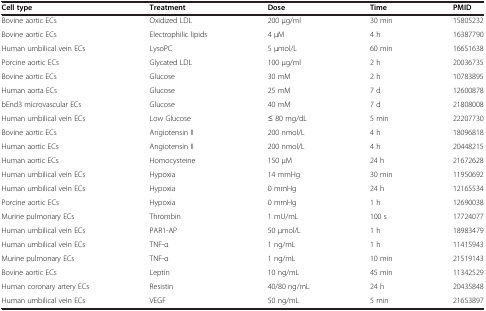
<table><thead><tr><td><b>Cell type</b></td><td><b>Treatment</b></td><td><b>Dose</b></td><td><b>Time</b></td><td><b>PMID</b></td></tr></thead><tbody><tr><td>Bovine aortic ECs</td><td>Oxidized LDL</td><td>200 μg/ml</td><td>30 min</td><td>15805232</td></tr><tr><td>Bovine aortic ECs</td><td>Electrophilic lipids</td><td>4 μM</td><td>4 h</td><td>16387790</td></tr><tr><td>Human umbilical vein ECs</td><td>LysoPC</td><td>5 μmol/L</td><td>60 min</td><td>16651638</td></tr><tr><td>Porcine aortic ECs</td><td>Glycated LDL</td><td>100 μg/ml</td><td>2 h</td><td>20036735</td></tr><tr><td>Bovine aortic ECs</td><td>Glucose</td><td>30 mM</td><td>2 h</td><td>10783895</td></tr><tr><td>Human aorta ECs</td><td>Glucose</td><td>25 mM</td><td>7 d</td><td>12600878</td></tr><tr><td>bEnd3 microvascular ECs</td><td>Glucose</td><td>40 mM</td><td>7 d</td><td>21808008</td></tr><tr><td>Human umbilical vein ECs</td><td>Low Glucose</td><td>≤ 80 mg/dL</td><td>5 min</td><td>22207730</td></tr><tr><td>Bovine aortic ECs</td><td>Angiotensin II</td><td>200 nmol/L</td><td>4 h</td><td>18096818</td></tr><tr><td>Human aortic ECs</td><td>Angiotensin II</td><td>200 nmol/L</td><td>4 h</td><td>20448215</td></tr><tr><td>Human aortic ECs</td><td>Homocysteine</td><td>150 μM</td><td>24 h</td><td>21672628</td></tr><tr><td>Human umbilical vein ECs</td><td>Hypoxia</td><td>14 mmHg</td><td>30 min</td><td>11950692</td></tr><tr><td>Human umbilical vein ECs</td><td>Hypoxia</td><td>0 mmHg</td><td>24 h</td><td>12165534</td></tr><tr><td>Porcine aortic ECs</td><td>Hypoxia</td><td>0 mmHg</td><td>1 h</td><td>12690038</td></tr><tr><td>Murine pulmonary ECs</td><td>Thrombin</td><td>1 mU/mL</td><td>100 s</td><td>17724077</td></tr><tr><td>Human umbilical vein ECs</td><td>PAR1-AP</td><td>50 μmol/L</td><td>1 h</td><td>18983479</td></tr><tr><td>Human umbilical vein ECs</td><td>TNF-α</td><td>1 ng/mL</td><td>1 h</td><td>11415943</td></tr><tr><td>Murine pulmonary ECs</td><td>TNF-α</td><td>1 ng/mL</td><td>10 min</td><td>21519143</td></tr><tr><td>Bovine aortic ECs</td><td>Leptin</td><td>10 ng/mL</td><td>45 min</td><td>11342529</td></tr><tr><td>Human coronary artery ECs</td><td>Resistin</td><td>40/80 ng/mL</td><td>24 h</td><td>20435848</td></tr><tr><td>Human umbilical vein ECs</td><td>VEGF</td><td>50 ng/mL</td><td>5 min</td><td>21653897</td></tr></tbody></table>